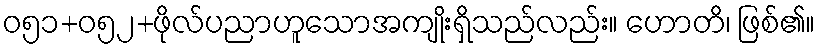
ဝ၅၁+၀၅၂+ဖိုလ်ပညာဟူသောအကျိုးရှိသည်လည်း။ ဟောတိ၊ ဖြစ်၏။